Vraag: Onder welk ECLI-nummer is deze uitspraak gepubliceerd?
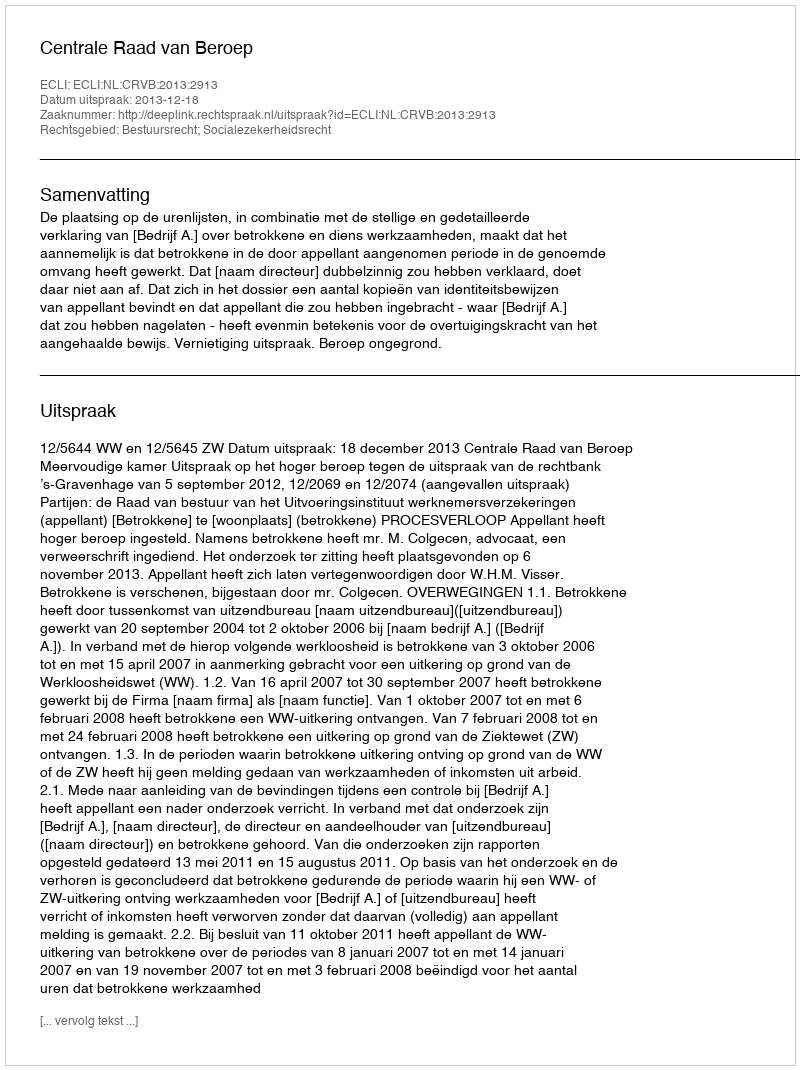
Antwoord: ECLI:NL:CRVB:2013:2913